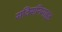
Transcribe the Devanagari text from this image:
सविसनिमाइड